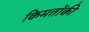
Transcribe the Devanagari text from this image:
किमतोंकी